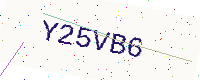
Text: Y25VB6